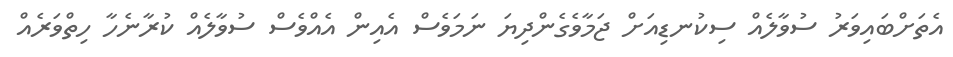
އެތަށްބައިވަރު ސުވާލެއް ސިކުނޑިއަށް ޖަމާވެގެންދިޔަ ނަމަވެސް އެއިން އެއްވެސް ސުވާލެއް ކުރާނެހާ ހިތްވަރެއް